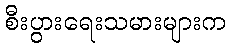
စီးပွားရေးသမားများက